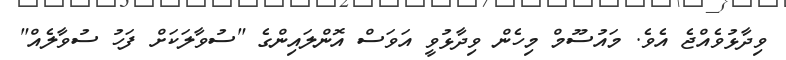
ވިދާޅުވެއްޖެ އެވެ. މަައުސޫމް މިހެން ވިދާޅުވީ އަވަސް އޮންލައިންގެ "ސުވާލަކަށް ފަހު ސުވާލެއް"